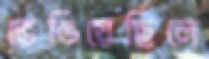
ভেঙিয়েছিলে